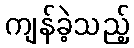
ကျန်ခဲ့သည့်